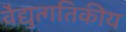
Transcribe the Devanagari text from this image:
वैद्युत्गतिकीय